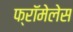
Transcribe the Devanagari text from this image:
फ्रॉमेलेस